Report on sanitation, dispensaries, and jails in Rajputana for 1917, and on vaccination for the year 1917-1918 - 1917-1918
Year: 1917
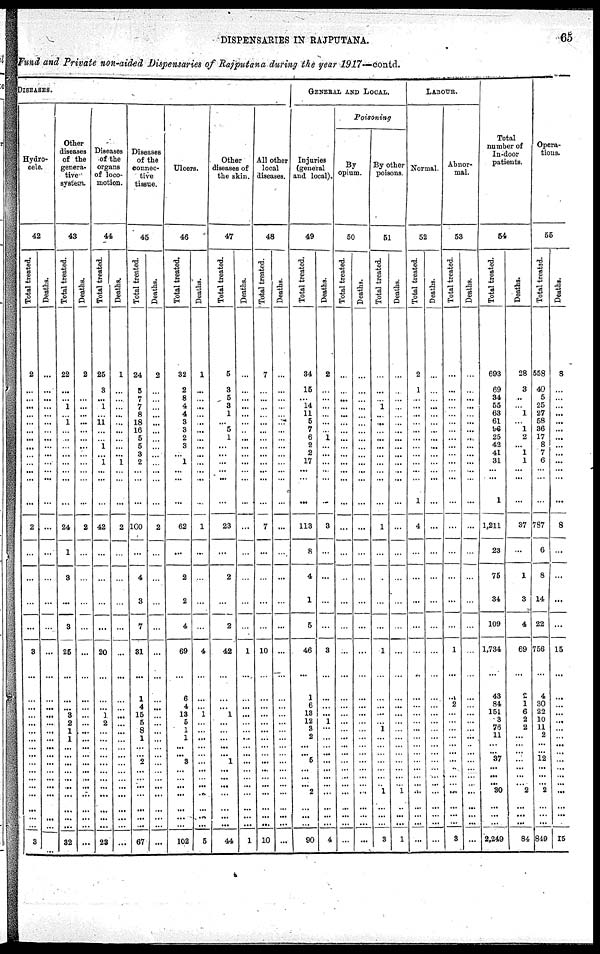
DISPENSARIES IN RAJPUTANA.
65
Fund and Private non-aided Disensaries of Rajputana during the year 1917—contd.
DISEASES.
Hydro¬
cele
42
Total treated.
2
... ... ... ... ... ... ... ... ... ... ... ...
...
2
...
...
...
...
3
...
...
...
...
...
...
...
...
... ...
...
...
...
...
...
...
...
3
Deaths.
...
...
...
...
...
...
...
...
...
...
...
...
...
...
...
...
...
...
...
...
...
...
...
...
...
...
...
...
... ...
...
...
...
...
...
...
...
...
Other
diseases
of the
genera¬
tive
system.
43
Total treated.
22
...
...
1
...
1
...
...
...
...
...
...
...
...
24
1
3
...
3
25
...
...
... 3
2
1
1
...
... ...
...
...
...
...
...
...
...
32
Deaths.
2
...
...
...
...
...
...
...
...
...
...
...
...
...
2
...
...
...
...
...
...
...
...
...
...
...
...
...
... ...
...
...
...
...
...
...
...
...
Diseases
of the
organs
of loco-
motion.
44
Total treated.
25
3
...
1
...
11
...
...
1
...
1
...
...
...
42
...
...
...
...
20
...
...
... 1
2
...
...
...
... ...
...
...
...
...
...
...
...
23
Deaths.
1
...
...
...
...
...
...
...
...
...
1
...
...
...
2
...
...
...
...
...
...
...
...
...
...
...
...
...
... ...
...
...
...
...
...
...
...
...
Disesses
of the
connec-
tive
tissue.
45
Total treated.
24
5
...
7
8
18
16
5
5
3
2
...
...
...
100
...
4
3
7
31
...
1
4
15
5
8
1
...
... 2
...
...
...
...
...
...
...
67
Deaths.
2
...
...
...
...
...
...
...
...
...
...
...
...
...
2
...
...
...
...
...
...
...
...
...
...
...
...
...
... ...
...
...
...
...
...
...
...
...
Ulcers.
46
Total treated.
32
2
8
4
4
3
3
2
3
...
1
...
...
...
62
...
2
2
4
69
...
6
4
13
5
1
1
...
... 3
...
...
... ...
...
...
...
102
Deaths.
1
...
...
...
...
...
...
...
...
...
...
...
...
...
1
...
...
...
...
4
...
...
... 1
...
...
...
...
... ...
...
...
...
...
...
...
...
5
Other
diseases of
the skin.
47
Total treated.
5
3
5
3
1
... 5
1
...
...
...
...
...
...
23
...
2
...
2
42
...
...
... 1
...
...
...
...
... 1
...
...
...
...
... ...
...
44
Deaths.
...
...
...
...
...
...
...
...
...
...
...
...
...
...
...
...
...
...
...
1
...
...
...
...
...
...
...
...
... ...
...
...
...
...
...
...
...
1
All other
local
diseases.
48
Total treated.
7
...
...
...
...
...
...
...
...
...
...
...
...
...
7
...
...
...
...
10
...
...
...
...
...
...
...
...
... ...
...
...
...
...
...
...
...
10
Deaths.
...
...
...
...
...
...
...
...
...
...
...
...
...
...
...
...
...
...
...
...
...
...
...
...
...
...
...
...
... ...
...
...
...
...
...
...
...
...
GENERAL AND LOCAL.
Injuries
(general
and local).
49
Total treated.
34
15
... 14
11
5
7
6
2
2
17
...
...
...
113
8
4
1
5
46
...
1
6
13
12
3
2
...
... 5
...
...
... 2
... ...
...
90
Deaths.
2
...
...
...
...
...
...
1
...
...
...
...
...
...
3
...
...
...
...
3
...
...
... ...
1
...
...
...
... ...
...
...
...
...
...
...
...
4
Poisoning
By
opium
50
Total treated.
...
...
...
...
...
...
...
...
...
...
...
...
...
...
...
...
...
...
...
...
...
...
...
...
...
...
...
...
... ...
...
...
...
...
...
...
...
...
Deaths.
...
...
...
...
...
...
...
...
...
...
...
...
...
...
...
...
...
...
...
...
...
...
...
...
...
...
...
...
... ...
...
...
...
...
...
...
...
...
By other
poisons
51
Total treated.
...
...
...
1
...
...
...
...
...
...
...
...
...
...
1
...
...
...
...
1
...
...
...
...
... 1
...
...
... ...
...
...
... 1
...
...
...
...
Deaths.
...
...
...
...
...
...
...
...
...
...
...
...
...
...
...
...
...
...
...
...
...
...
...
...
...
...
...
...
... ...
...
...
... 1
...
...
...
...
LABOUR.
Normal.
52
Total treated
2
1
...
...
...
...
...
...
...
...
...
...
...
1
4
...
...
...
...
...
..
...
...
...
...
...
...
...
... ...
...
...
...
...
...
...
...
...
Deaths
...
...
...
...
...
...
...
...
...
...
...
...
...
...
...
...
...
...
...
...
...
...
...
...
...
...
...
...
... ...
...
...
...
...
...
...
...
...
Abnor-
mal.
53
Total treated
...
...
...
...
...
...
...
...
...
...
...
...
...
...
...
...
...
...
...
1
...
...
2
...
...
...
...
...
... ...
...
...
...
...
...
...
...
3
Deaths.
...
...
...
...
...
...
...
...
...
...
...
...
...
...
...
...
...
...
...
...
...
...
...
...
...
...
...
...
... ...
...
...
...
...
...
...
...
...
Total
number of
In-door
patients.
54
Total treated.
693
69
34
55
68
61
96
25
42
41
31
...
...
1
1,211
23
75
34
109
1,734
...
43
84
151
3
76
11
...
... 37
...
... ... 30
...
...
...
2,249
Deaths.
28
3
...
...
1
... 1
2
...
1
1
...
...
...
37
...
1
3
4
69
...
2
1 6
2
2
...
...
... ...
...
... ... 2
... ...
...
84
Opera¬
tions.
55
Total treated.
558
40
5
25
27
58
36
17
8
7
6
...
...
...
787
6
8
14
22
756
...
4
30
22
10
11
2
...
... 12
...
...
... 2
...
...
...
849
Deaths.
8
...
...
...
...
...
...
...
...
...
...
...
...
...
8
...
...
...
...
15
...
...
...
...
...
...
...
...
... ...
...
...
...
...
...
...
...
15